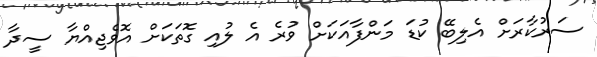
ސަރުކާރަށް އެލިބޭ ކުޑަ މަންފާއަކަށް ވުރެ އެ ލުއި ގޮތަކަށް އޮވެޖިއްޔާ ސީދާ